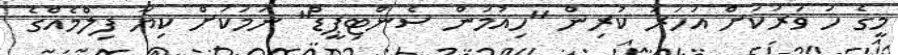
މީގެ ހަ ވަރަކަށް އަހަރު ކުރިން "ހިއުމަން ސެންޓިޕީޑް" ނަމަކަށް ކިޔާ ފިލްމެއްގެ